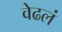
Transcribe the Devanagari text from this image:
वेढलं